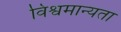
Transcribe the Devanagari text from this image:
विश्वमान्यता